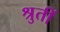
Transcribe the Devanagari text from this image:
श्रुतीं